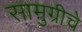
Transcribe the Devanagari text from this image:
सामुग्रीचे